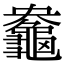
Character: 𪚻